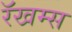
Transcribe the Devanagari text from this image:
रॅखम्स